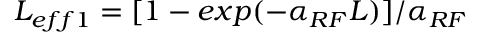
L _ { e f f 1 } = [ 1 - e x p ( - \alpha _ { R F } L ) ] / \alpha _ { R F }